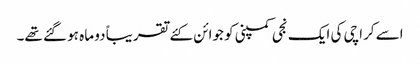
اسے کراچی کی ایک نجی کمپنی کو جوائن کئے تقریباً دو ماہ ہو گئے تھے۔